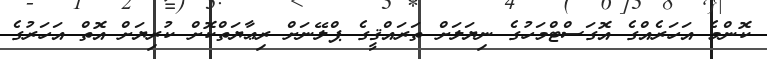
ކޮންމެ އަހަރެއްގެ އޮގަސްޓްމަހުގެ ނިޔަލަށް ތަރައްޤީގެ ޕްލޭނަށް ރިޢާޔަތްކޮށް ކުރިޔަށް އޮތް އަހަރުގެ